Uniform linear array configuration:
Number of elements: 64
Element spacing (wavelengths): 1
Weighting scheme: blackman
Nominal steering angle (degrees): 15
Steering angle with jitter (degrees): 15.063
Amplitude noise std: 0.05
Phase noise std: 0.05

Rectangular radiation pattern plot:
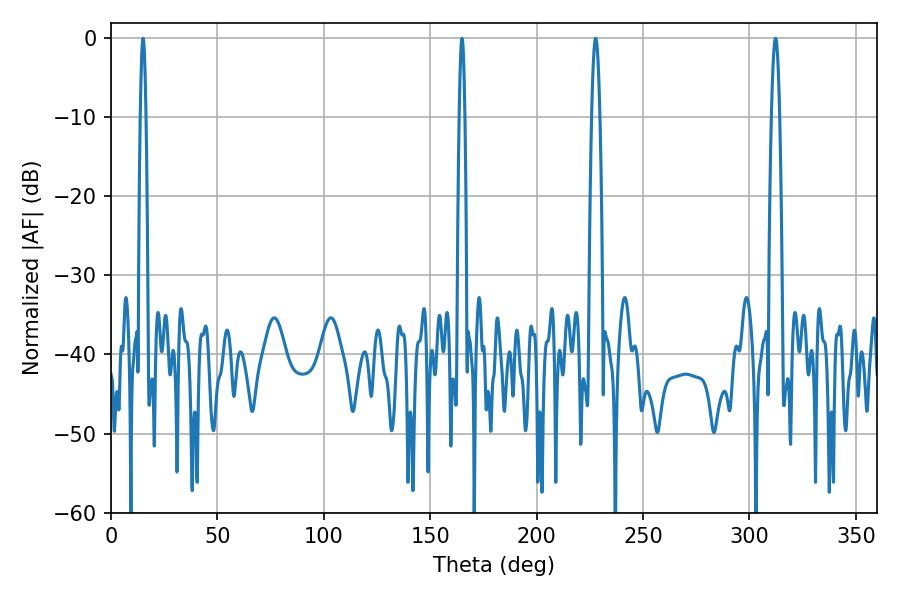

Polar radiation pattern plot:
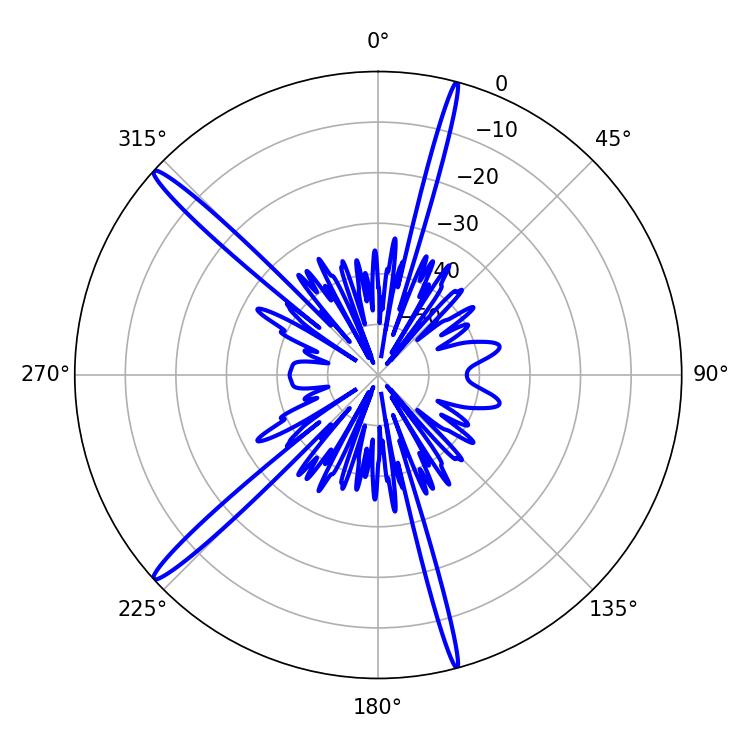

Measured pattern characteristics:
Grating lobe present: TRUE
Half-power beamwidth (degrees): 1.98
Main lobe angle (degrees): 227.7